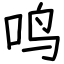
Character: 鸣